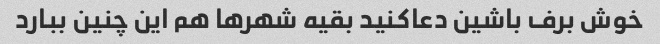
خوش برف باشین دعاکنید بقیه شهرها هم این چنین ببارد